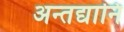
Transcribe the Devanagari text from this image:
अन्तद्यानि